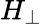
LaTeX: H_{\perp}